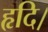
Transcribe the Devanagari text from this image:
हृदि।